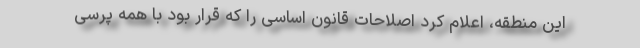
این منطقه، اعلام کرد اصلاحات قانون اساسی را که قرار بود با همه پرسی